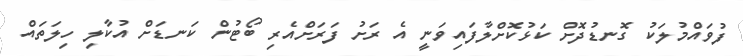
ފުވައްމުލަކު ގޮނޑުދޮށް ކަޅުކޮށްލާފައިވަނީ އެ ރަށު ފަރަށްއެރި ބޯޓުން ކަނޑަށް އުކާލި ހިލަތައް